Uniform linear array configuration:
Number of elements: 16
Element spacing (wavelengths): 0.5
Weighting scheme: hamming
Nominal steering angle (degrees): -60
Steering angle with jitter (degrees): -58.23
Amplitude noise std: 0.05
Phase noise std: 0.05

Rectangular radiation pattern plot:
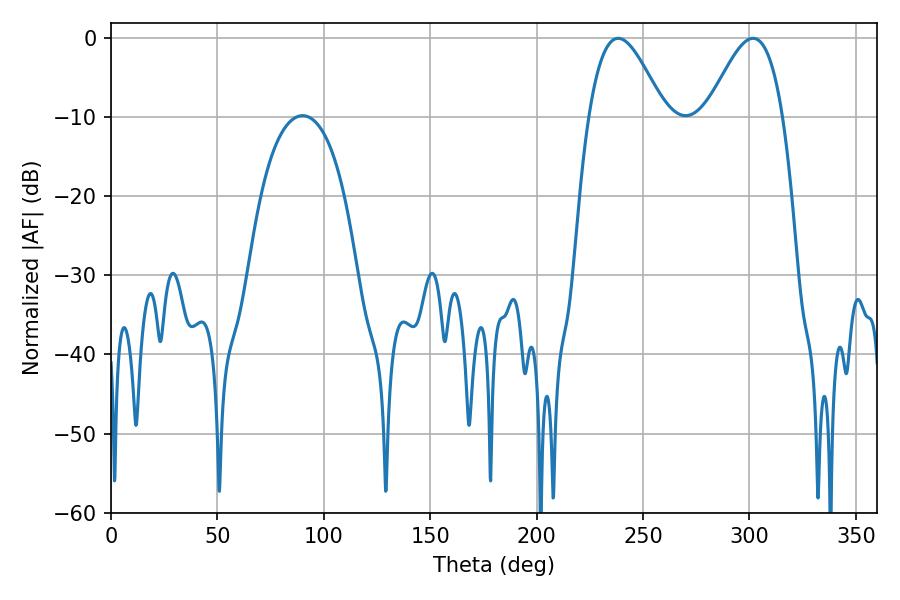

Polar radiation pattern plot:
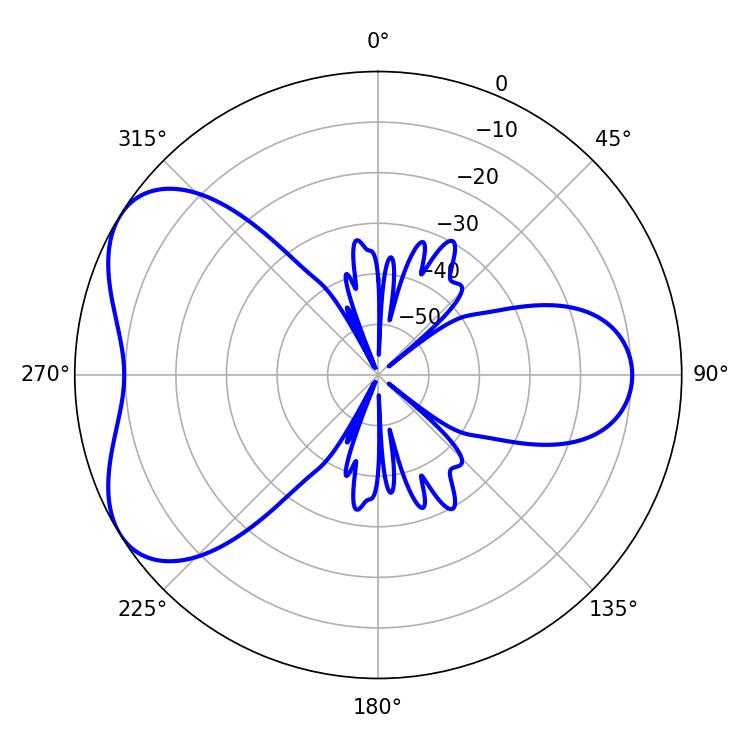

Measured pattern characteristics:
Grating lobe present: FALSE
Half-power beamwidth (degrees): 19.26
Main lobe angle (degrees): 238.32